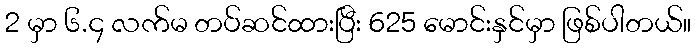
2 မှာ ၆.၄ လက်မ တပ်ဆင်ထားပြီး 625 မောင်းနှင်မှာ ဖြစ်ပါတယ်။